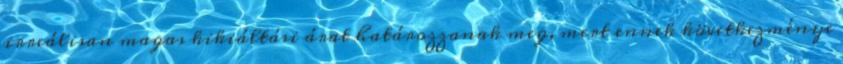
irreálisan magas kikiáltási árat határozzanak meg, mert ennek következménye